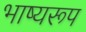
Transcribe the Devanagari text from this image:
भाष्यरूप